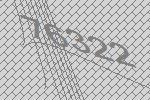
76322